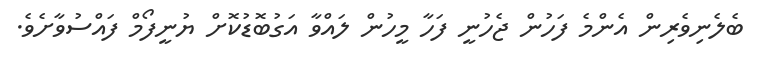
ބެލެނިވެރިން އެންމެ ފަހުން ޖެހުނީ ފަހާ މީހުން ލައްވާ އަގުބޮޑުކޮށް ޔުނީފޯމް ފައްސުވާށެވެ.